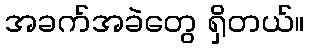
အခက်အခဲတွေ ရှိတယ်။